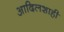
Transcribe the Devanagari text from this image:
आदिलशाही